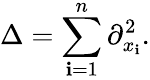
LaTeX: \Delta=\sum_{\mathbf{i}=1}^{n}\partial_{x_{\mathbf{i}}}^{2}.